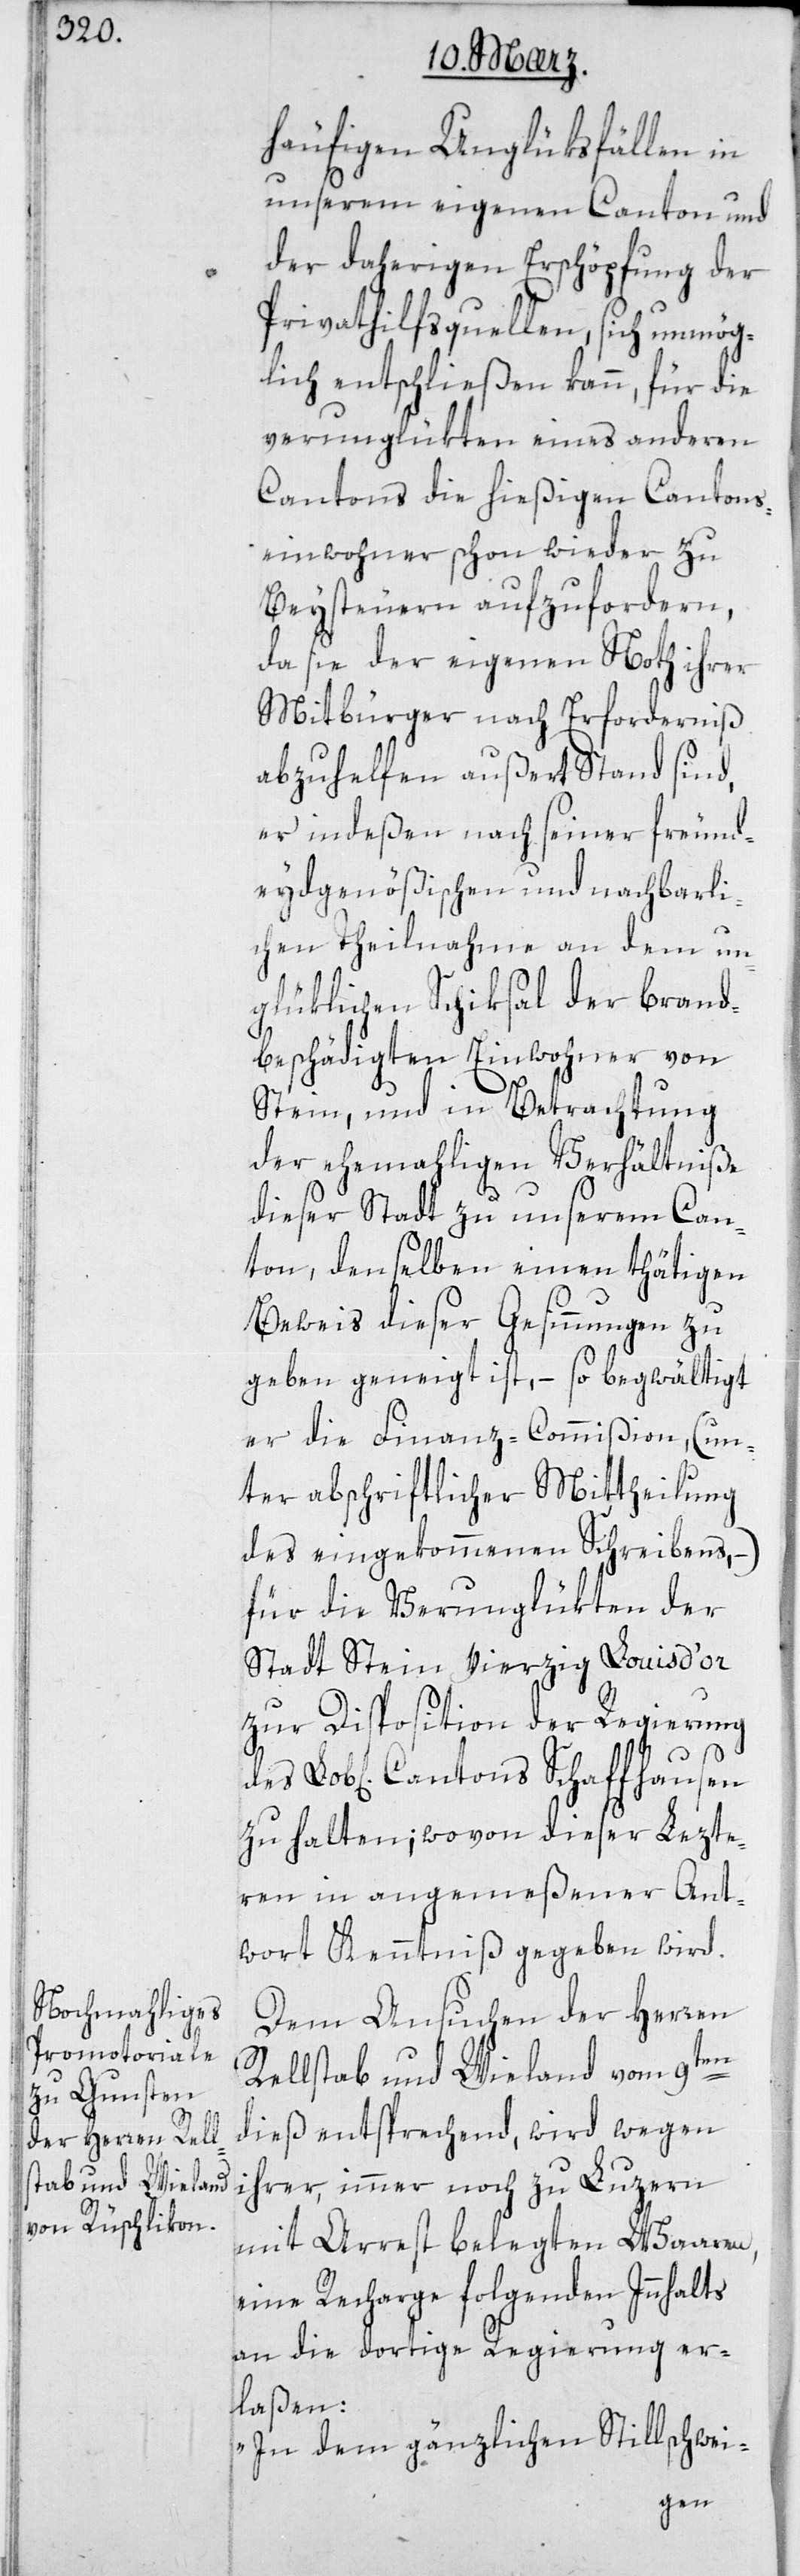
häufigen Unglüksfällen in
unserem eigenen Canton und
der daherigen Erschöpfung der
Privathilfsquellen, sich unmög¬
lich entschließen kann, für die
verunglükten eines anderen
Cantons die hießigen Cantons¬
einwohner schon wieder zu
Beysteuern aufzufordern,
da sie der eigenen Noth ihrer
Mitbürger nach Erforderniß
abzuhelfen außert Stand sind,
er indeßen nach seiner freund¬
eydgenößischen und nachbarli¬
chen Theilnahme an dem un¬
glüklichen Schiksal der brand¬
beschädigten Einwohner von
Stein, und in Betrachtung
der ehemahligen Verhältniße
dieser Stadt zu unserem Can¬
ton, denselben einen thätigen
Beweis dieser Gesinnungen zu
geben geneigt ist, – so begwältigt
er die Finanz-Commißion (un¬
ter abschriftlicher Mittheilung
des eingekommenen Schreibens), –
für die Verunglükten der
Stadt Stein, vierzig Louisd’or
zur Disposition der Regierung
Cantons Schaffhausen
zu halten; wovon dieser lezte¬
ren in angemeßener Ant¬
wort Kenntniß gegeben wird.
Dem Ansuchen der Herren
Rellstab und Wieland vom 9ten
dieß entsprechend, wird wegen
ihrer, immer noch zu Luzern
mit Arrest belegten Waaren,
eine Recharge folgenden Inhalts
an die dortige Regierung er¬
laßen:
„In dem gänzlichen Stillschwei-